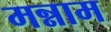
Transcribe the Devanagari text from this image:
मन्नाम